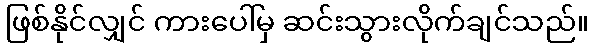
ဖြစ်နိုင်လျှင် ကားပေါ်မှ ဆင်းသွားလိုက်ချင်သည်။